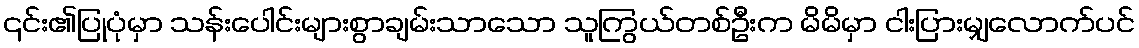
၎င်း၏ပြုပုံမှာ သန်းပေါင်းများစွာချမ်းသာသော သူကြွယ်တစ်ဦးက မိမိမှာ ငါးပြားမျှလောက်ပင်